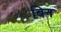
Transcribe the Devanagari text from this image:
बिन